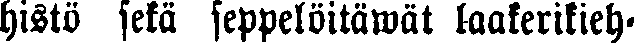
histö sekä seppelöitäwät laakerikieh-